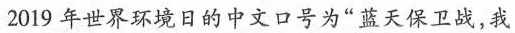
2019年世界环境日的中文口号为”蓝天保卫战，我